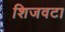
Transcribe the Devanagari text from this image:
शिजवटा